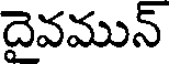
దైవమున్